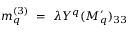
m _ { q } ^ { ( 3 ) } ~ = ~ \lambda Y ^ { q } ( M _ { q } ^ { \prime } ) _ { 3 3 }